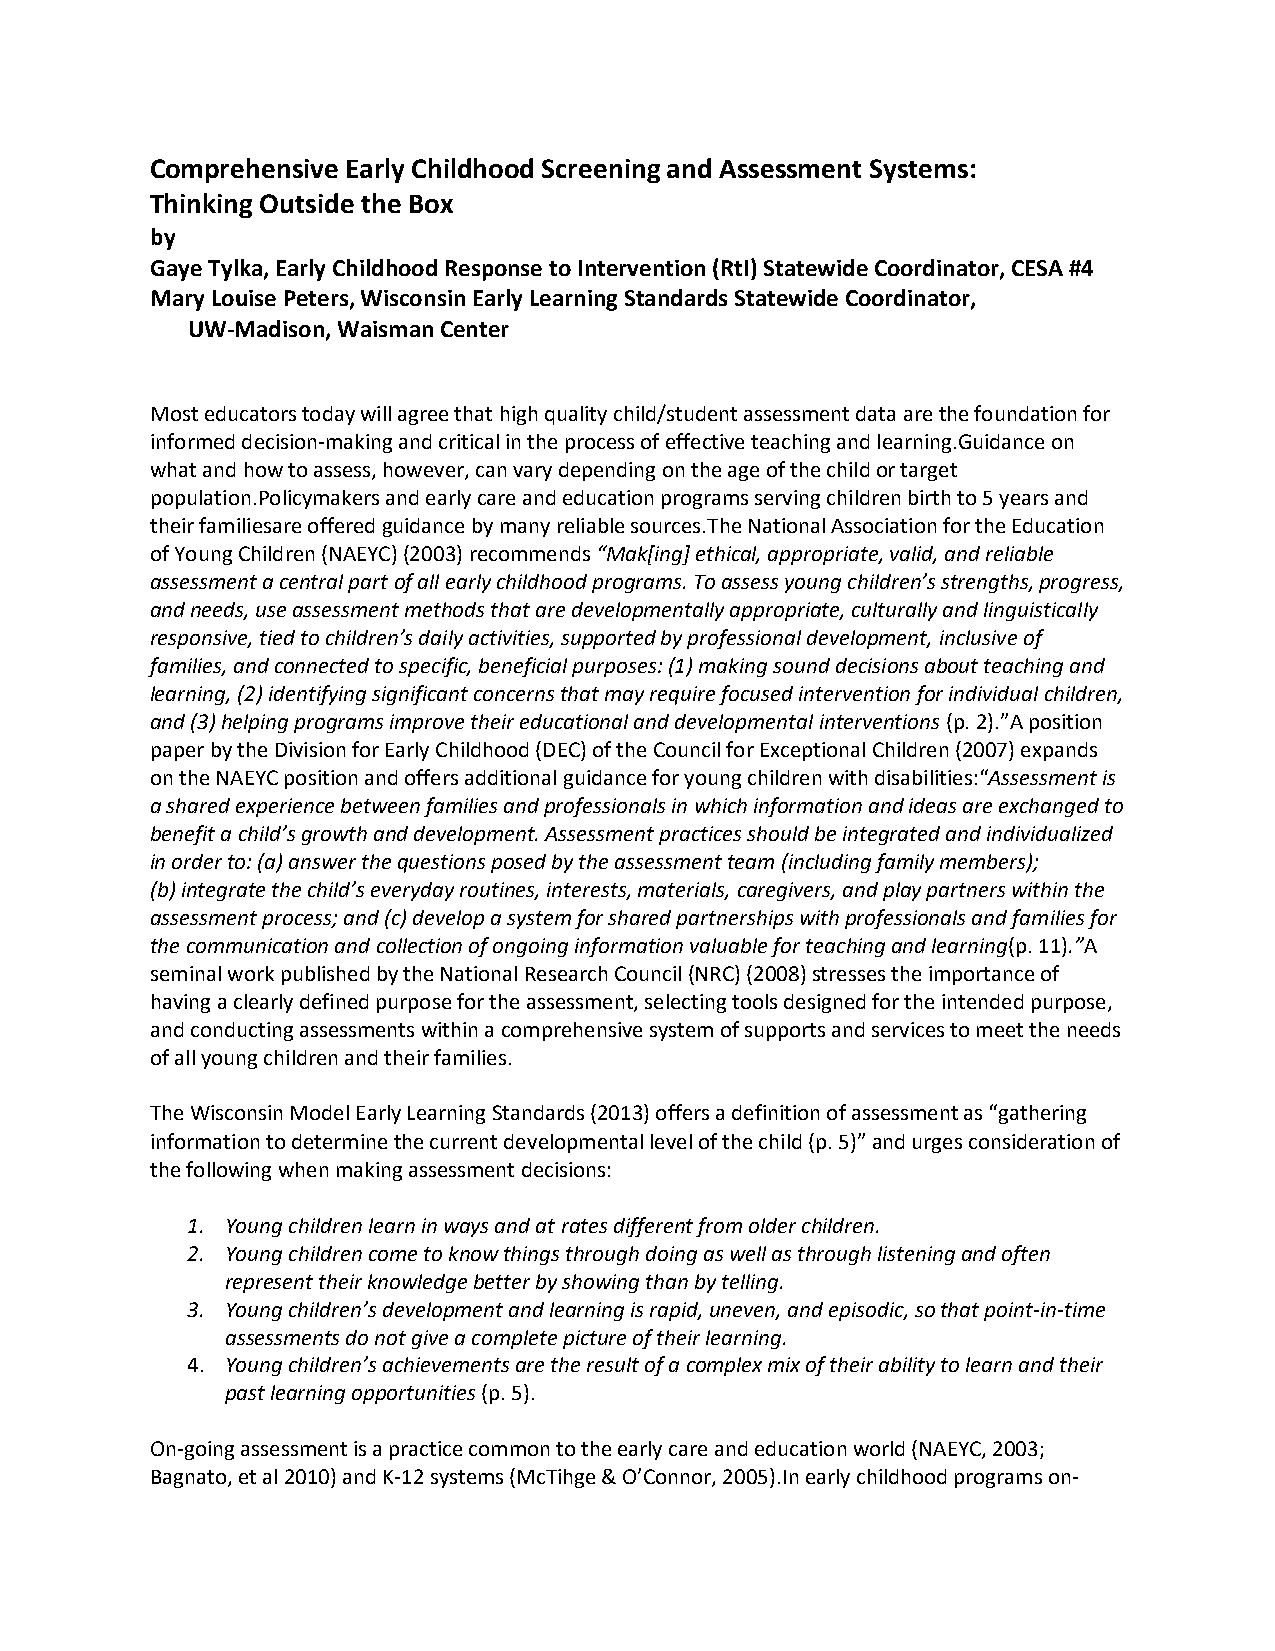
Comprehensive Early Childhood Screening and Assessment Systems:
 Thinking Outside the Box
 by
 Gaye Tylka, Early Childhood Response to Intervention (RtI) Statewide Coordinator, CESA #4
 Mary Louise Peters, Wisconsin Early Learning Standards Statewide Coordinator,
 UW-Madison, Waisman Center
 Most educators today will agree that high quality child/student assessment data are the foundation for
 informed decision-making and critical in the process of effective teaching and learning.Guidance on
 what and how to assess, however, can vary depending on the age of the child or target
 population.Policymakers and early care and education programs serving children birth to 5 years and
 their familiesare offered guidance by many reliable sources.The National Association for the Education
 of Young Children (NAEYC) (2003) recommends “Mak[ing] ethical, appropriate, valid, and reliable
 assessment a central part of all early childhood programs. To assess young children’s strengths, progress,
 and needs, use assessment methods that are developmentally appropriate, culturally and linguistically
 responsive, tied to children’s daily activities, supported by professional development, inclusive of
 families, and connected to specific, beneficial purposes: (1) making sound decisions about teaching and
 learning, (2) identifying significant concerns that may require focused intervention for individual children,
 and (3) helping programs improve their educational and developmental interventions (p. 2).”A position
 paper by the Division for Early Childhood (DEC) of the Council for Exceptional Children (2007) expands
 on the NAEYC position and offers additional guidance for young children with disabilities:“Assessment is
 a shared experience between families and professionals in which information and ideas are exchanged to
 benefit a child’s growth and development. Assessment practices should be integrated and individualized
 in order to: (a) answer the questions posed by the assessment team (including family members);
 (b) integrate the child’s everyday routines, interests, materials, caregivers, and play partners within the
 assessment process; and (c) develop a system for shared partnerships with professionals and families for
 the communication and collection of ongoing information valuable for teaching and learning(p. 11).”A
 seminal work published by the National Research Council (NRC) (2008) stresses the importance of
 having a clearly defined purpose for the assessment, selecting tools designed for the intended purpose,
 and conducting assessments within a comprehensive system of supports and services to meet the needs
 of all young children and their families.
 The Wisconsin Model Early Learning Standards (2013) offers a definition of assessment as “gathering
 information to determine the current developmental level of the child (p. 5)” and urges consideration of
 the following when making assessment decisions:
 1. Young children learn in ways and at rates different from older children.
 2. Young children come to know things through doing as well as through listening and often
 represent their knowledge better by showing than by telling.
 3. Young children’s development and learning is rapid, uneven, and episodic, so that point-in-time
 assessments do not give a complete picture of their learning.
 4. Young children’s achievements are the result of a complex mix of their ability to learn and their
 past learning opportunities (p. 5).
 On-going assessment is a practice common to the early care and education world (NAEYC, 2003;
 Bagnato, et al 2010) and K-12 systems (McTihge & O’Connor, 2005).In early childhood programs on-